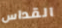
القداس